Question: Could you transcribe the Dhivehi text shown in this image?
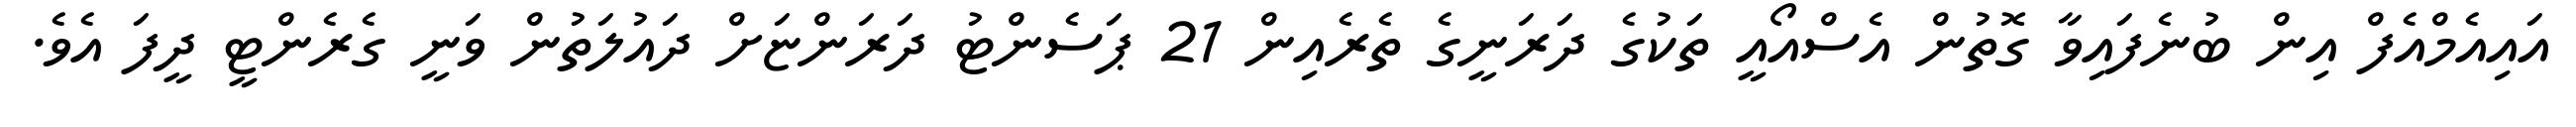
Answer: އައިއެމްއެފް އިން ބުނެފައިވާ ގޮތުން އެސްއޯއީ ތަކުގެ ދަރަނީގެ ތެރެއިން 21 ޕަސެންޓު ދަރަންޏަށް ދައުލަތުން ވަނީ ގެރެންޓީ ދީފަ އެވެ.